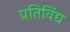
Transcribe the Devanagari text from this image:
प्रतिविंद्य